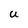
Character: U